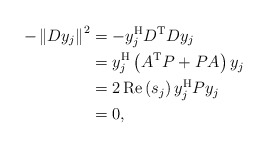
\begin{align*}-\left \Vert Dy_{j}\right \Vert ^{2} & =-y_{j}^{\mathrm{H}}D^{\mathrm{T}}Dy_{j} \\& =y_{j}^{\mathrm{H}}\left( A^{\mathrm{T}}P+PA\right) y_{j} \\& =2\operatorname{Re}\left( s_{j}\right) y_{j}^{\mathrm{H}}Py_{j} \\& =0,\end{align*}